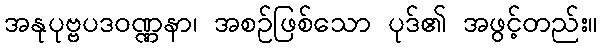
အနုပုဗ္ဗပဒဝဏ္ဏနာ၊ အစဉ်ဖြစ်သော ပုဒ်၏ အဖွင့်တည်း။